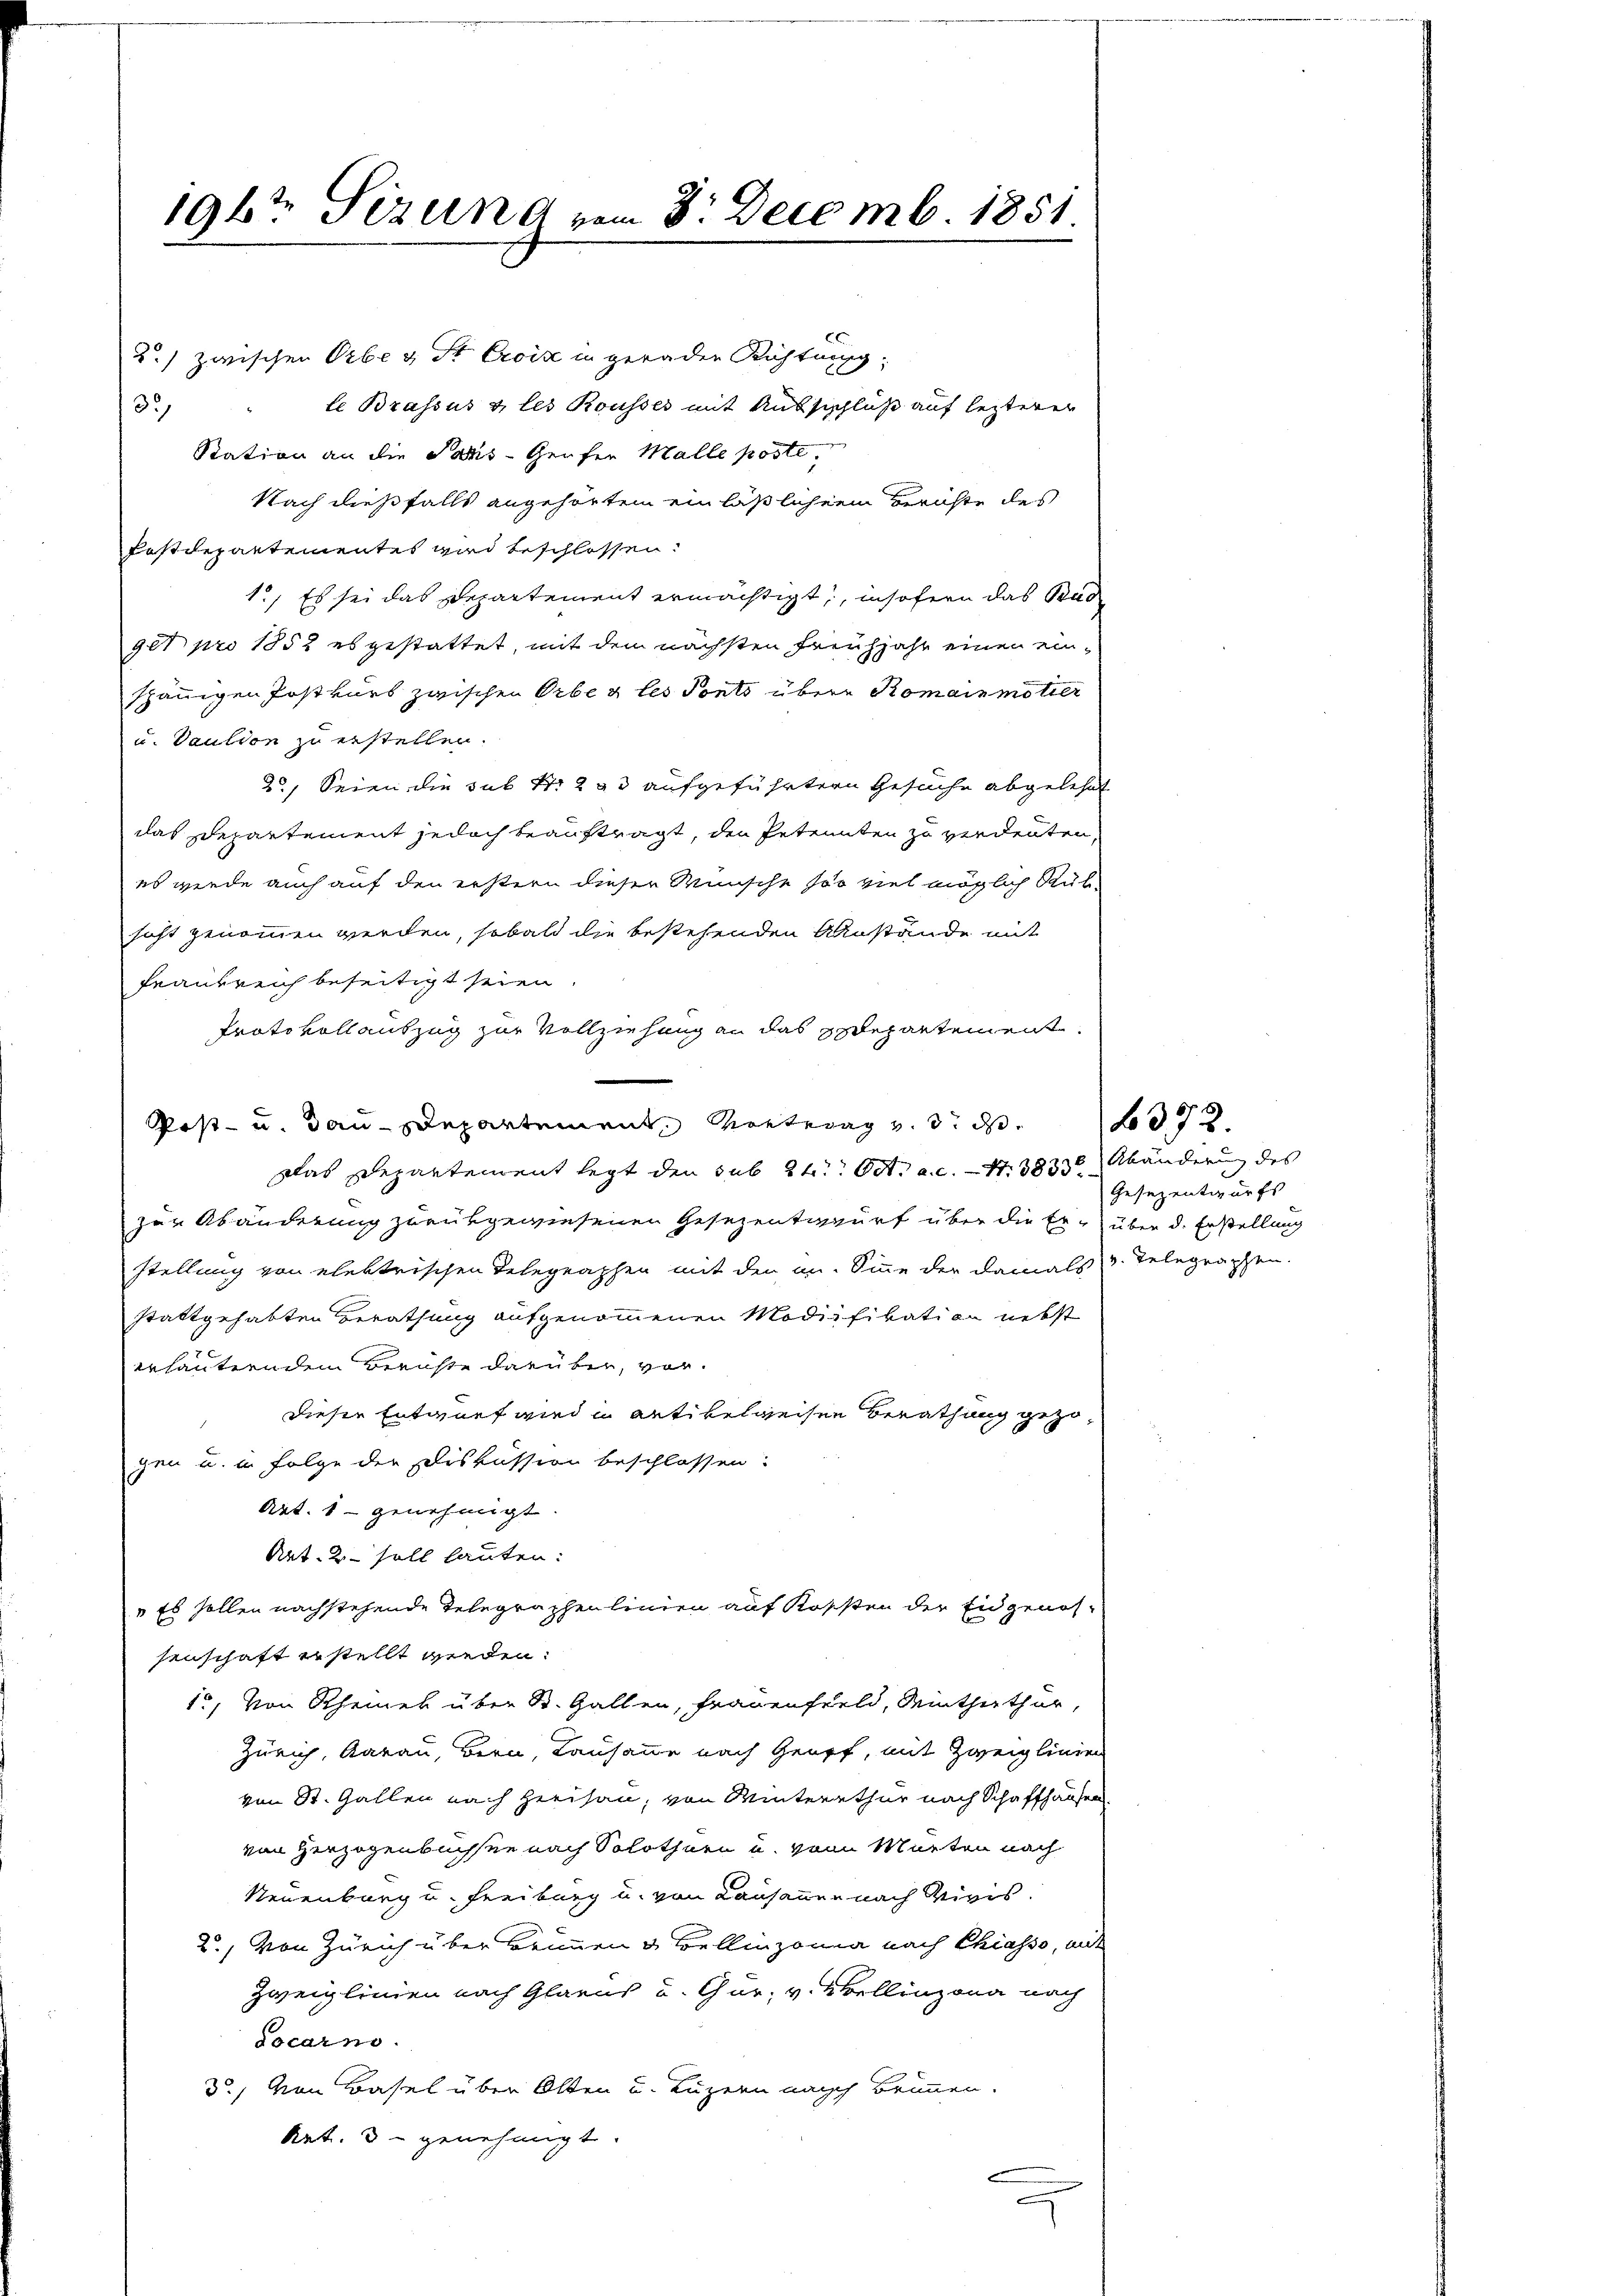
196t Sizung vom 3. Decemb. 1851

C
u.) zwischen Oben St. Croix in geraden Richtung,
te Brassus & les Rousses mit Ausschluß auf lezterer
33)
Station an die Sachs-Gerfer Malle poste
Nach dießfalls angehörten ein läßlichen Berichte des
fostdepartementes wird beschlossen:
1.) Es sei das Departement ermächtigt, insofern das Bad
90t pro 1852 es gestattet, mit dem nächsten Freühjahr einen einspännigen Postkurs zwischen Orbeg les Ponto übere Romainmötier
u. Vaution zu erstellen.
2, Seien die sub No. 293 aufgeführtern Gesuche abgelehnt
das Departement jedoch beauftragt, den Petenten zu verdeuten,
es werde auch auf den erstern dieser Wünsche soo viel möglich Ruh
sicht genommen werden, sobald die bestehenden Anstände mit
Frankreich beseitigt seien.
Protokollauszug zur Vollziehung an das Edepartement.
Post- u. Bau-Departement Kontrag . . 72
Das Departement legt den sub 24. Oct. a. c. S. 3833 Abänderung des
zur Abänderung zurükgewiesenen Gesezentwurf über die Er über d. Erstellung
stellung von elektrischen Delegraphen mit den an. Sinne der damals v. Telegraphen.
stattgehabten Berathung aufgenommenen Modifikation nebst
erläuterndem Berichte darüber, vor.
Dieser Entwurf wird in Artikelweisen Berathung gezogen u. in Folge der Diskussion beschlossen:
Art. 1 genehmigt.
Art. 2 soll lauten:
„Es sollen nachstehende Telegraphenlinien auf Kossten der Eidgenos-
senschaft erstellt werden.
1., von Rheiner über St. Gallen, Frauenfeld, Winterthur,
Zürich, Aarau, Bern, Lausanne nach Grupf, mit Zweiglinien
von St. Gallen nach Herisau, von Winterthur nach Schaffhausen,
von Herzogenbuchsen nach Solothurn u. von Murten nach
Neuenburg u. Freiburg u. von Lausanner nach Divis.
20., von Zürich über Brunnen & Bellinzona nach Chiasso, mit
Zweiglinien nach Glarus u. Gur; v. Mellinzona nach
Socarno.
3) von Basel über Olten u. Luzern nach Brunnen.
Art. 3 genehmigt.

e

Gesezentwurfs